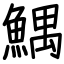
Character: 鰅